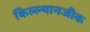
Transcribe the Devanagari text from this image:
किल्ल्यानजीक